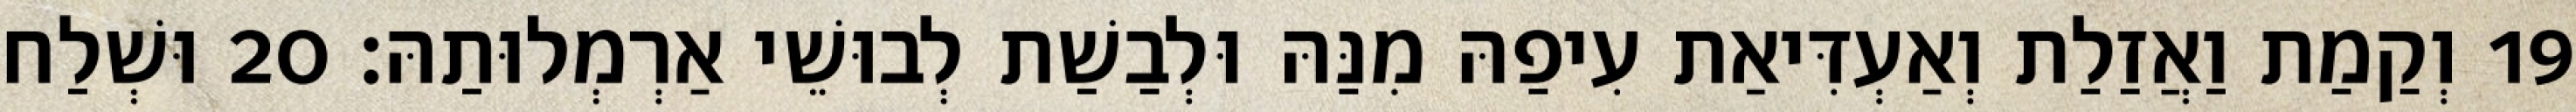
19 וְקַמַת וַאֲזַלַת וְאַעְדִּיאַת עִיפַהּ מִנַּהּ וּלְבַשַׁת לְבוּשֵׁי אַרְמְלוּתַהּ׃ 20 וּשְׁלַח